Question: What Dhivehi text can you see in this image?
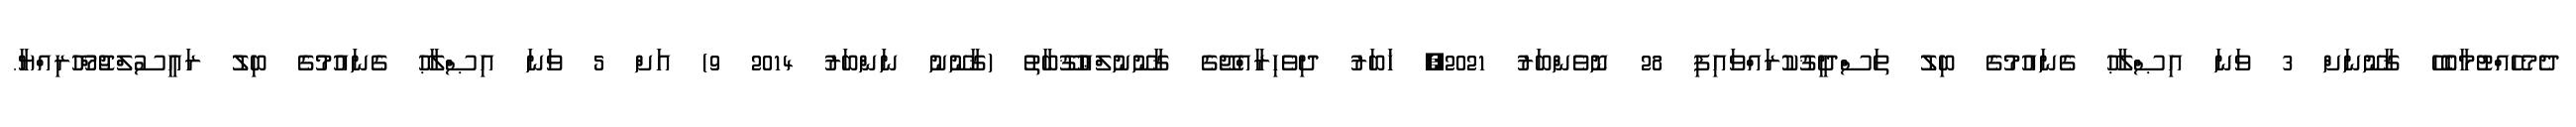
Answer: ދެމެހެއްޓުމާބެހޭ ޤާނޫނަށް 3 ވަނަ އިޞްލާޙު ގެނައުމުގެ ބިލު ތަސްދީޤުކުރައްވައިފި 28 ނޮވެންބަރު 2021, ޚަބަރު ދިވެހިރާއްޖޭގެ ޤާނޫނުލްޢުޤޫބާތު (ޤާނޫނު ނަންބަރު 2014 9) އަށް 5 ވަނަ އިޞްލާޙު ގެނައުމުގެ ބިލު ރައީސުލްޖުމްހޫރިއްޔާ.